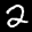
Label: 2